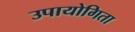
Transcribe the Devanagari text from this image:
उपायोगिता